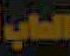
العاب